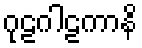
ဂုဠဂါဠကာနိ